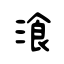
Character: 湌